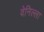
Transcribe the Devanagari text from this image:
वेनिल्ला